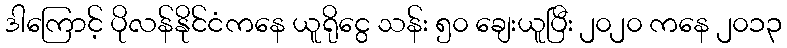
ဒါကြောင့် ပိုလန်နိုင်ငံကနေ ယူရိုငွေ သန်း ၅၀ ချေးယူပြီး ၂၀၂၀ ကနေ ၂၀၁၃